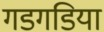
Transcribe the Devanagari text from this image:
गडगडिया